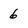
Character: 6